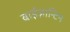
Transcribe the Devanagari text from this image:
बाईज़ान्टिन